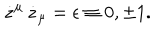
\dot { z } ^ { \mu } \, \dot { z } _ { \mu } = \epsilon \equiv 0 , \pm 1 .